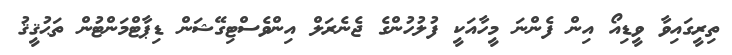
ތިރީގައިވާ ވީޑިއޯ އިން ފެންނަ މީހާއަކީ ފުލުހުންގެ ޖެނެރަލް އިންވެސްޓިގޭޝަން ޑިޕާޓްމަންޓުން ތަޙުޤީޤު